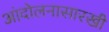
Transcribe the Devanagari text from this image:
आंदोलनासारखी